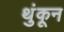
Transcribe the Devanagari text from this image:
थुंकून